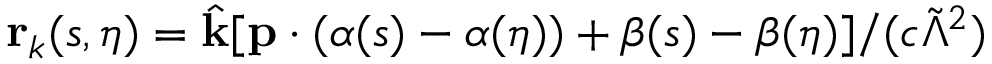
\mathbf { r } _ { k } ( s , \eta ) = \hat { \mathbf { k } } [ \mathbf { p } \cdot ( { \boldsymbol \alpha } ( s ) - { \boldsymbol \alpha } ( \eta ) ) + \beta ( s ) - \beta ( \eta ) ] / ( c \tilde { \Lambda } ^ { 2 } )